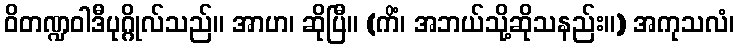
ဝိတဏ္ဍဝါဒီပုဂ္ဂိုလ်သည်။ အာဟ၊ ဆိုပြီ။ (ကိံ၊ အဘယ်သို့ဆိုသနည်း။) အကုသလံ၊